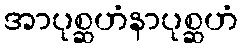
အာပုစ္ဆဟံနာပုစ္ဆဟံ